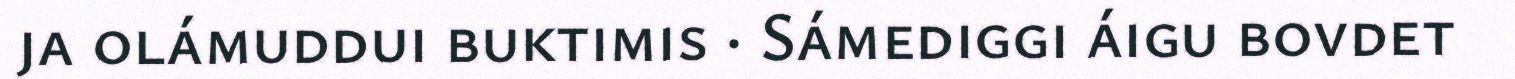
ja olámuddui buktimis · Sámediggi áigu bovdet